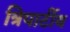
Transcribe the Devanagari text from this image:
त्रिपार्टीय